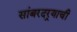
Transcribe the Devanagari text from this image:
सांबरदर्‍याची